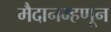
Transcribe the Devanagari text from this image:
मैदानम्हणून